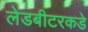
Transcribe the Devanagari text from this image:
लेडबीटरकडे